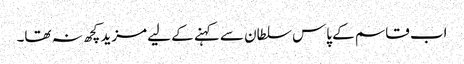
اب قاسم کے پاس سلطان سے کہنے کے لیے مزید کچھ نہ تھا۔